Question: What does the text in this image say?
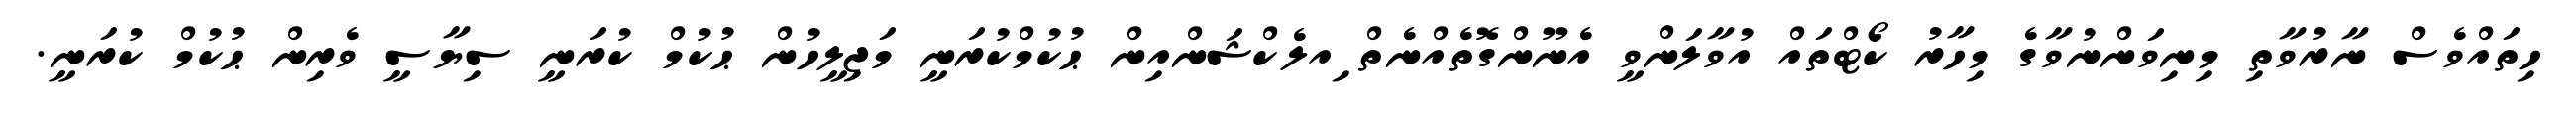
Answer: ހިތައްވެސް ނާރުވާތި މިނިވަންނުވާގެ މިހާރު ކޯޓްތައް އުވާލަންވީ އެނޫންގޮތެއްނެތް ިއލެކްޝަންއިން ޙުކުމްކުރަނީ މަޖިލީހުން ޙުކުމް ކުރަނީ ސިޔާސީ ވެރިން ޙުކުމް ކުރަނީ.